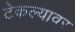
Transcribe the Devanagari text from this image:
टेकल्यावर